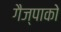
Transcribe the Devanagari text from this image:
गैज्पाको